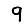
Digit: 9